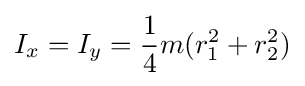
I_{x}=I_{y}={\frac {1}{4}}m(r_{1}^{2}+r_{2}^{2})